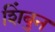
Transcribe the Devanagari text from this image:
शिंबुन